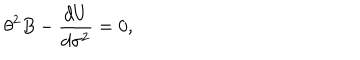
LaTeX: { \theta } ^ { 2 } B - \frac { d U } { d { \sigma } ^ { 2 } } = 0 ,